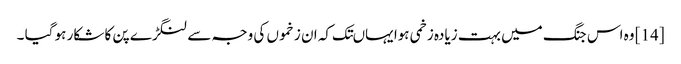
[14] وہ اس جنگ میں بہت زیادہ زخمی ہوا یہاںتک کہ ان زخموں کی وجہ سے لنگڑے پن کا شکار ہو گیا ۔